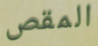
المقص